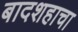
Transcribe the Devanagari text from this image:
बादशहाचा